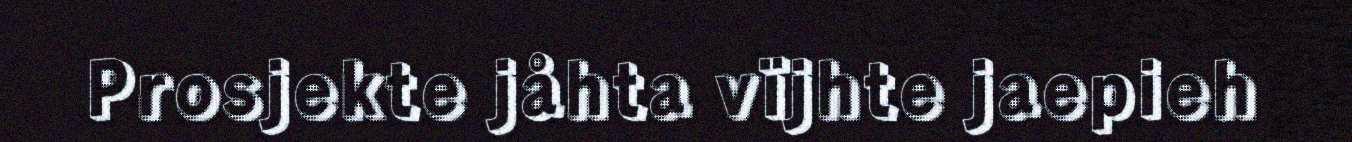
Prosjekte jåhta vïjhte jaepieh